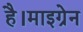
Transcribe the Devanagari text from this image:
है।माइग्रेन